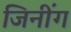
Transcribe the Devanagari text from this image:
जिनींग